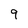
Character: 9